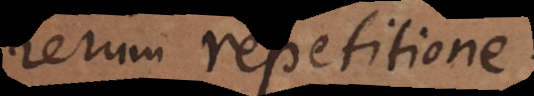
rerum repetitione.